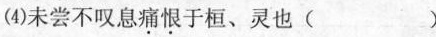
(4)未尝不叹息\underset{·}{痛}\underset{·}{恨}于桓、灵也( )